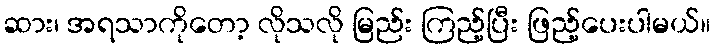
ဆား၊ အရသာကိုတော့ လိုသလို မြည်း ကြည့်ပြီး ဖြည့်ပေးပါမယ်။